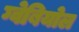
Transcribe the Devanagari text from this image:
ग्वेबियोल